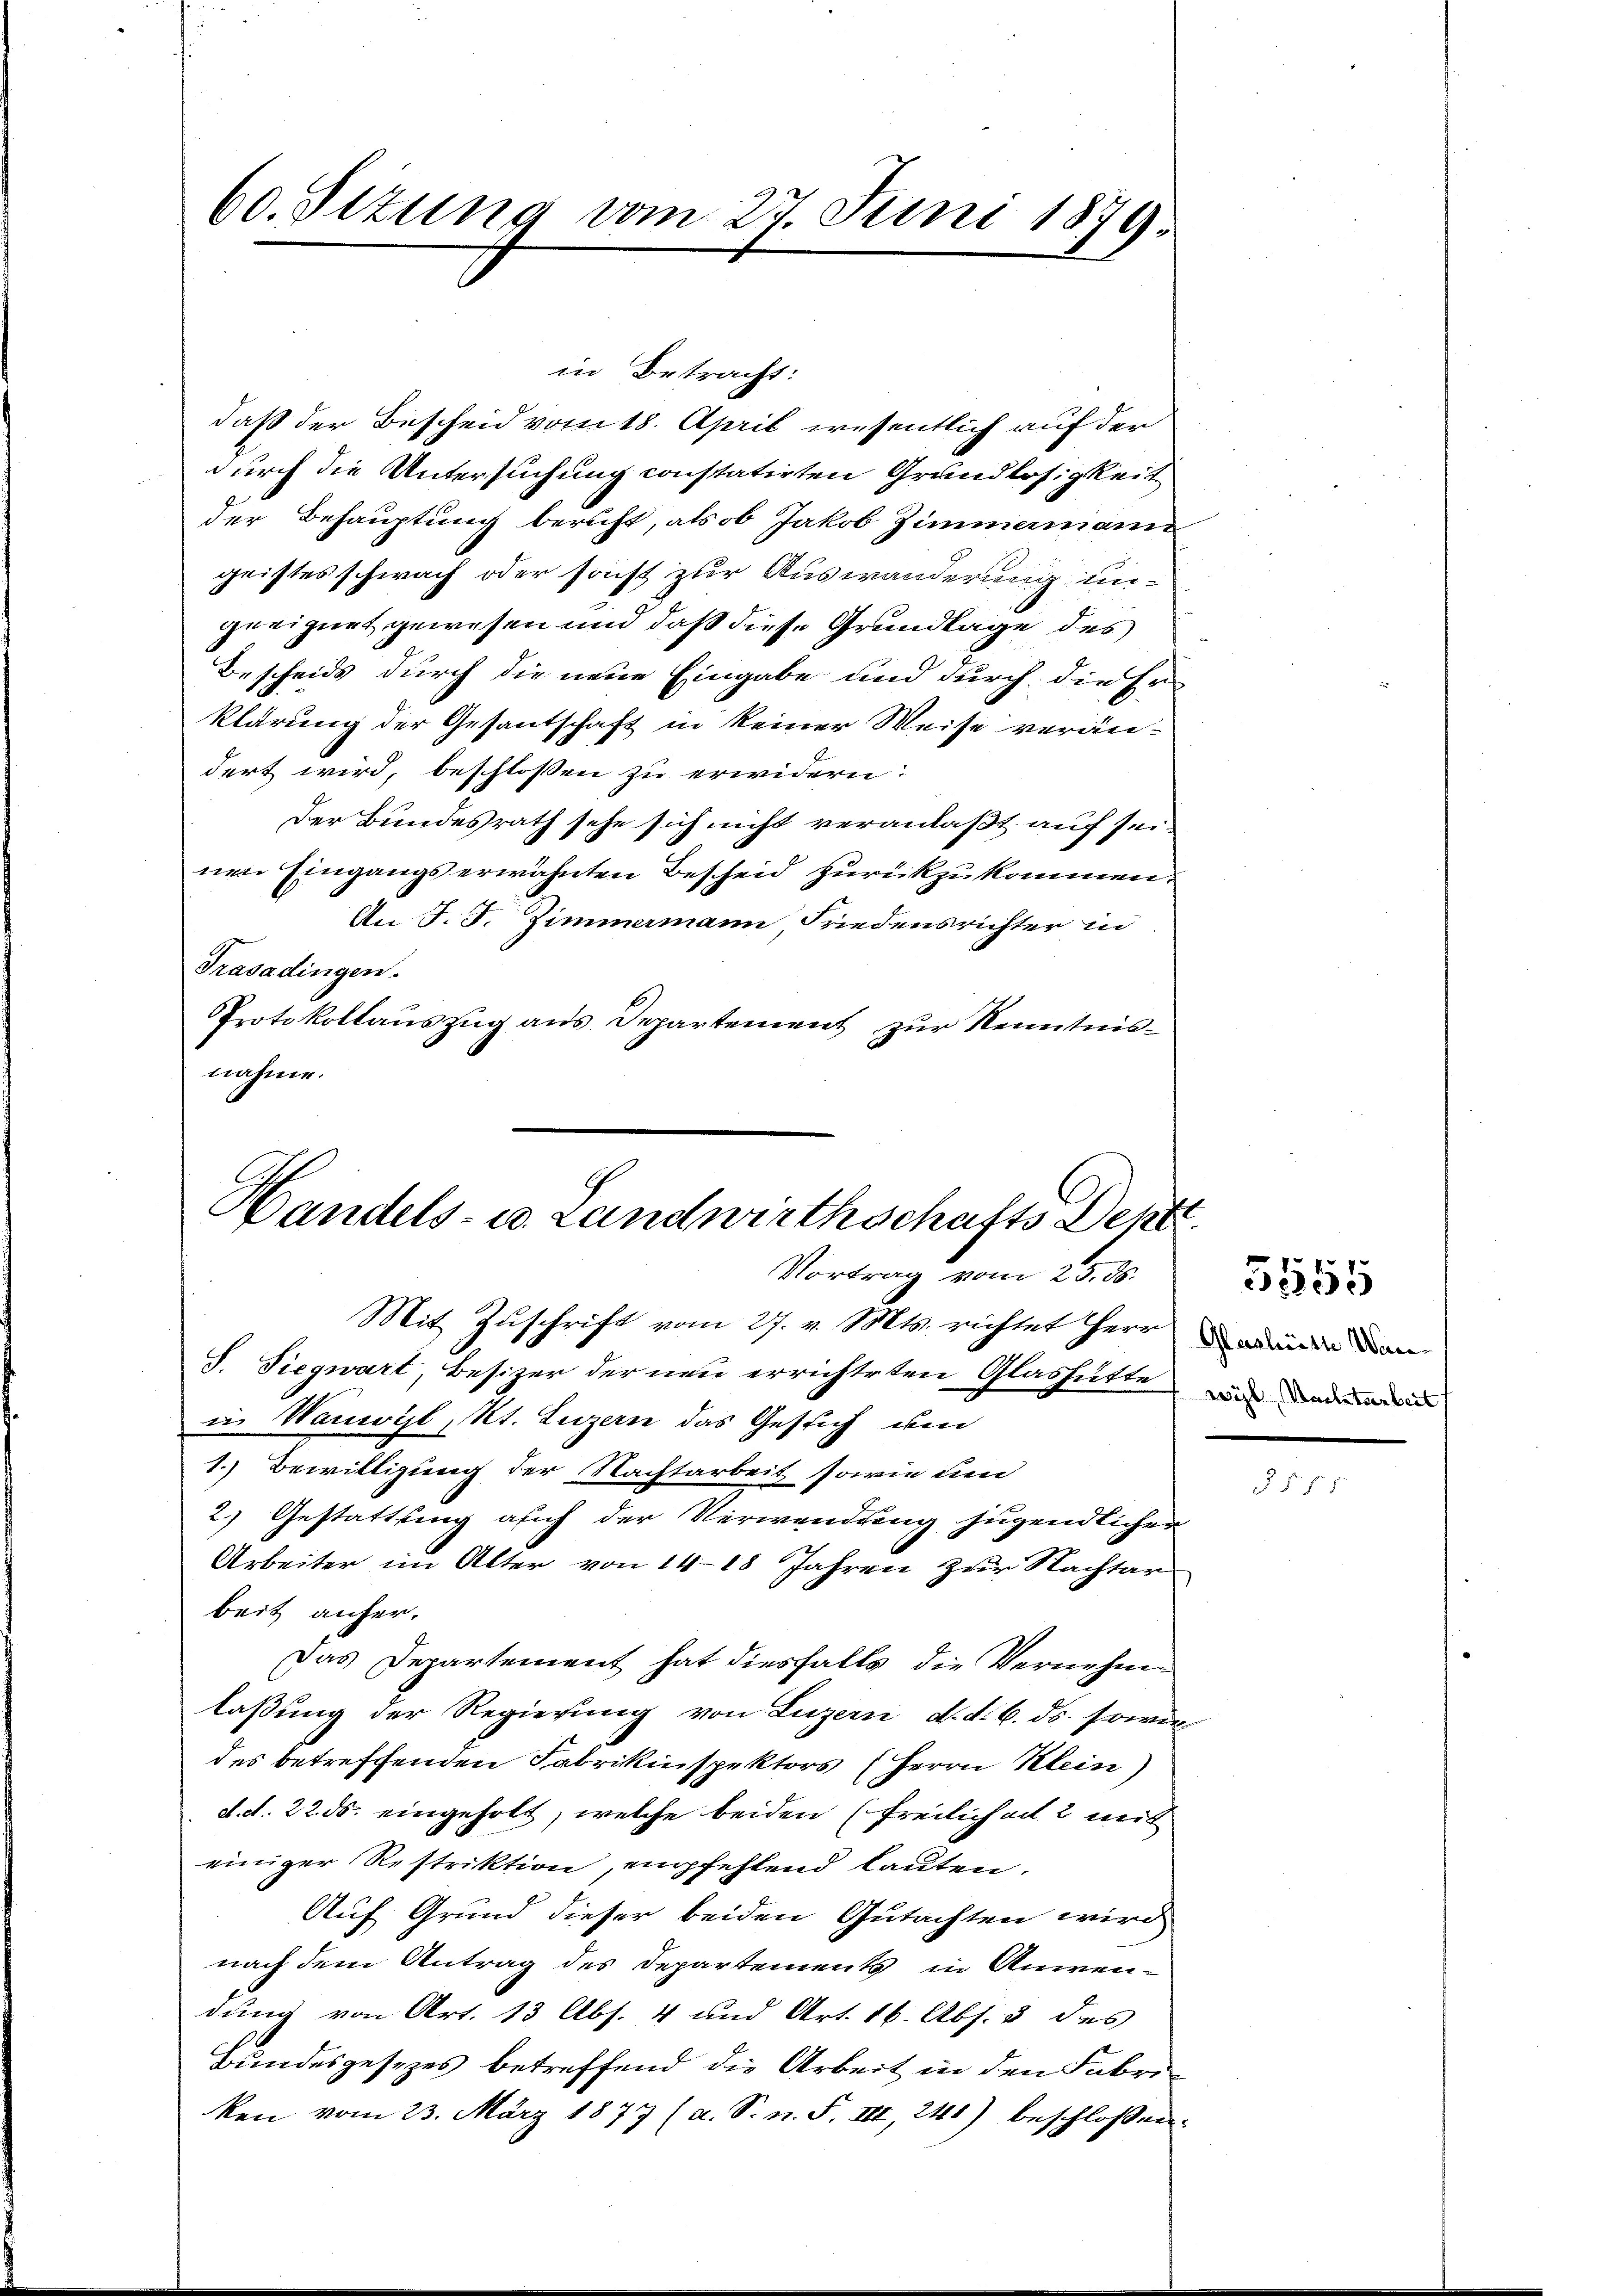
60. Sizung vom 27. Juni 1879.

in Betracht:
daß der Bescheid vom 18. April wesentlich auf der
durch die Untersuchung constatirten Grundlosigkeit
der Behauptung bericht, als ob Jakob Zimmermann
geistes schwach oder sonst zur Auswanderung ungeeignet gewesen und daß diese Grundlage des
Bescheids durch die neue Eingabe und durch die Er-
klärung der Gesantschaft in keiner Weise verändert wird, beschloßen zu erwidern:
Der Bundesrath sehe sich nicht veranlaßt auf seinen Eingangs erwähnten Bescheid zurückzukommen.
An J. J. Zimmermann, Friedensrichter in
Trasadingen.
Protokollauszug aus Departement zur Kenntnisnahme.

Handels- u. Landwirthschafts Dept
Vortrag vom 25. ds.

Mit Zuschrift vom 27. v. Mts. richtet Herr und dan
S. Siegwart, Besizer der neu errichteten Glashütte und dadu
in Wanwyl Kt. Luzern das Gesich um
1. Bewilligung der Nachtarbeit sowie den
2.) Gestattung auch der Verwendung jugendlichen
Arbeiter im Alter von 14-18 Jahren zur Nachtar
beit anher.
Das Departement hat diesfalls die Vernehme
laßung der Regierung von Luzern d. d. 6. ds. sowie
des betreffenden Fabrikinspektors (Herrn Klein)
d. d. 22. ds. eingeholt, welche beiden (Freilich ach 2 mit
einiger Restriktion, empfehlend lauten.
Auf Grund dieser beiden Gutachten wird
nach dem Antrag des Departements in Anwendung von Art. 13 Abs. 4 und Art. 16. Abs. 3 des
Bundesgesezes betreffend die Arbeit in den Fabriken vom 23. März 1877 (a. S. n. F. III, 241) beschlossen:

5555